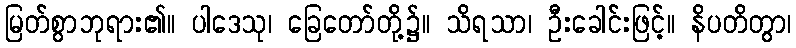
မြတ်စွာဘုရား၏။ ပါဒေသု၊ ခြေတော်တို့၌။ သိရသာ၊ ဦးခေါင်းဖြင့်။ နိပတိတွာ၊